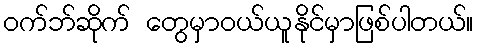
ဝက်ဘ်ဆိုက် တွေမှာဝယ်ယူနိုင်မှာဖြစ်ပါတယ်။